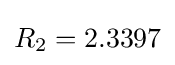
R_{2}=2.3397